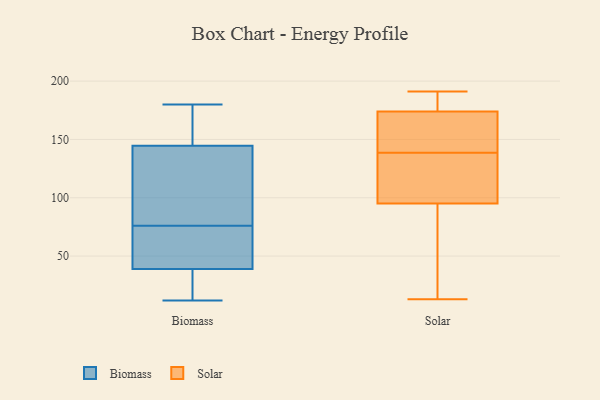
{"axis": {"x": "Satisfaction Score", "y": "Value"}, "legend": ["Biomass", "Solar"], "data": [{"x": "", "y": 69, "type": "Biomass"}, {"x": "", "y": 14, "type": "Biomass"}, {"x": "", "y": 12, "type": "Biomass"}, {"x": "", "y": 65, "type": "Biomass"}, {"x": "", "y": 114, "type": "Biomass"}, {"x": "", "y": 29, "type": "Biomass"}, {"x": "", "y": 152, "type": "Biomass"}, {"x": "", "y": 76, "type": "Biomass"}, {"x": "", "y": 180, "type": "Biomass"}, {"x": "", "y": 122, "type": "Biomass"}, {"x": "", "y": 32, "type": "Biomass"}, {"x": "", "y": 117, "type": "Biomass"}, {"x": "", "y": 178, "type": "Biomass"}, {"x": "", "y": 60, "type": "Biomass"}, {"x": "", "y": 171, "type": "Biomass"}, {"x": "", "y": 189, "type": "Solar"}, {"x": "", "y": 62, "type": "Solar"}, {"x": "", "y": 155, "type": "Solar"}, {"x": "", "y": 129, "type": "Solar"}, {"x": "", "y": 123, "type": "Solar"}, {"x": "", "y": 186, "type": "Solar"}, {"x": "", "y": 13, "type": "Solar"}, {"x": "", "y": 191, "type": "Solar"}, {"x": "", "y": 153, "type": "Solar"}, {"x": "", "y": 29, "type": "Solar"}, {"x": "", "y": 140, "type": "Solar"}, {"x": "", "y": 109, "type": "Solar"}, {"x": "", "y": 144, "type": "Solar"}, {"x": "", "y": 174, "type": "Solar"}, {"x": "", "y": 179, "type": "Solar"}, {"x": "", "y": 44, "type": "Solar"}, {"x": "", "y": 137, "type": "Solar"}, {"x": "", "y": 95, "type": "Solar"}]}